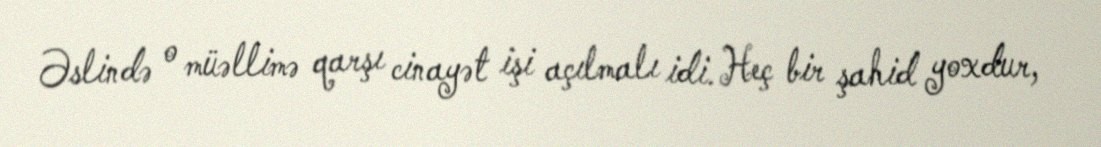
Əslində o müəllimə qarşı cinayət işi açılmalı idi. Heç bir şahid yoxdur,